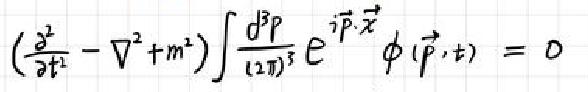
$\left(\frac{\partial^{2}}{\partial t^{2}}-\nabla^{2}+m^{2}\right) \int \frac{\mathrm{d}^{3} p}{(2 \pi)^{3}} \mathrm{e}^{i \vec{p} \cdot \vec{x}} \phi(\vec{p}, t)=0$